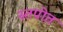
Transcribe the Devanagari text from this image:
स्तपीत